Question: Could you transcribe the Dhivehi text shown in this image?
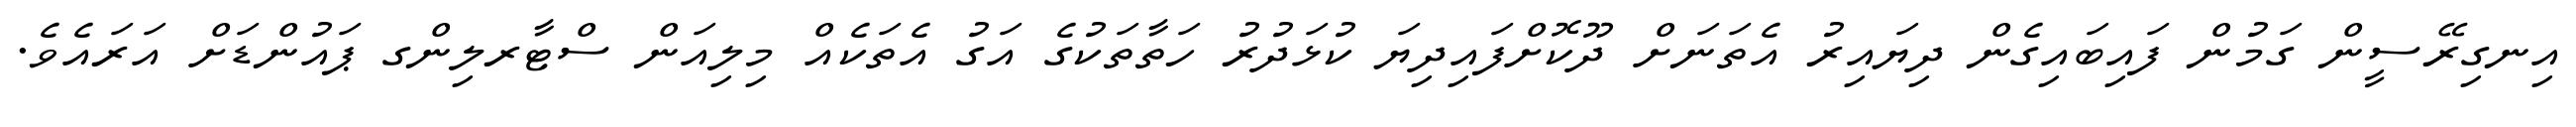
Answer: އިނގިރޭސީން ގަމުން ފައިބައިގެން ދިޔައިރު އެތަނަށް ދޫކޮށްފައިދިޔަ ކުޅަދުރު ހަތާތަކުގެ އަގު އެތަކެއް މިލިއަން ސްޓާރލިންގ ޕައުންޑަށް އަރައެވެ.